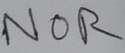
Text: NOR